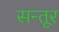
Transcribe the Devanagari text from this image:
सन्तूर